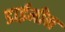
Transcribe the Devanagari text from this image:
डाईमीन